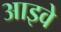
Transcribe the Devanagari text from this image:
आइवे